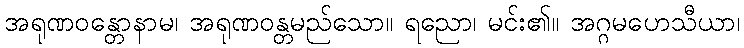
အရုဏဝန္တောနာမ၊ အရုဏဝန္တမည်သော။ ရညော၊ မင်း၏။ အဂ္ဂမဟေသီယာ၊